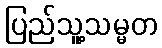
ပြည်သူ့သမ္မတ